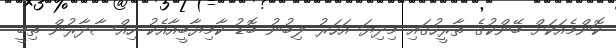
ކޮންމެއަކަށް ބޭންކުގެ ތާރީހުގައި މިދިޔަ އަހަރު ލިބުނު ބޮޑު ކާމިޔާބީއާއެކު ހިއްސާދާރުން ތިބީ